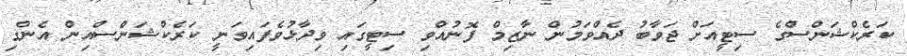
ކަރެކްޝަންސްގެ ސިޓީއަށް ޖަވާބު ދެއްވަމުން ނާޒިމް ފޮނުއްވި ސިޓީގައި ވިދާޅުވެފައިވަނީ ކަރެކްޝަންސްއިން އެންގި